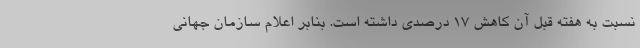
نسبت به هفته قبل آن کاهش 17 درصدی داشته است. بنابر اعلام سازمان جهانی